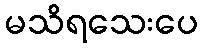
မသိရသေးပေ